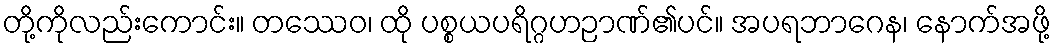
တို့ကိုလည်းကောင်း။ တဿေဝ၊ ထို ပစ္စယပရိဂ္ဂဟဉာဏ်၏ပင်။ အပရဘာဂေန၊ နောက်အဖို့